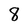
Character: 8